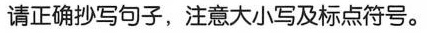
请正确抄写句子，注意大小写及标点符号。